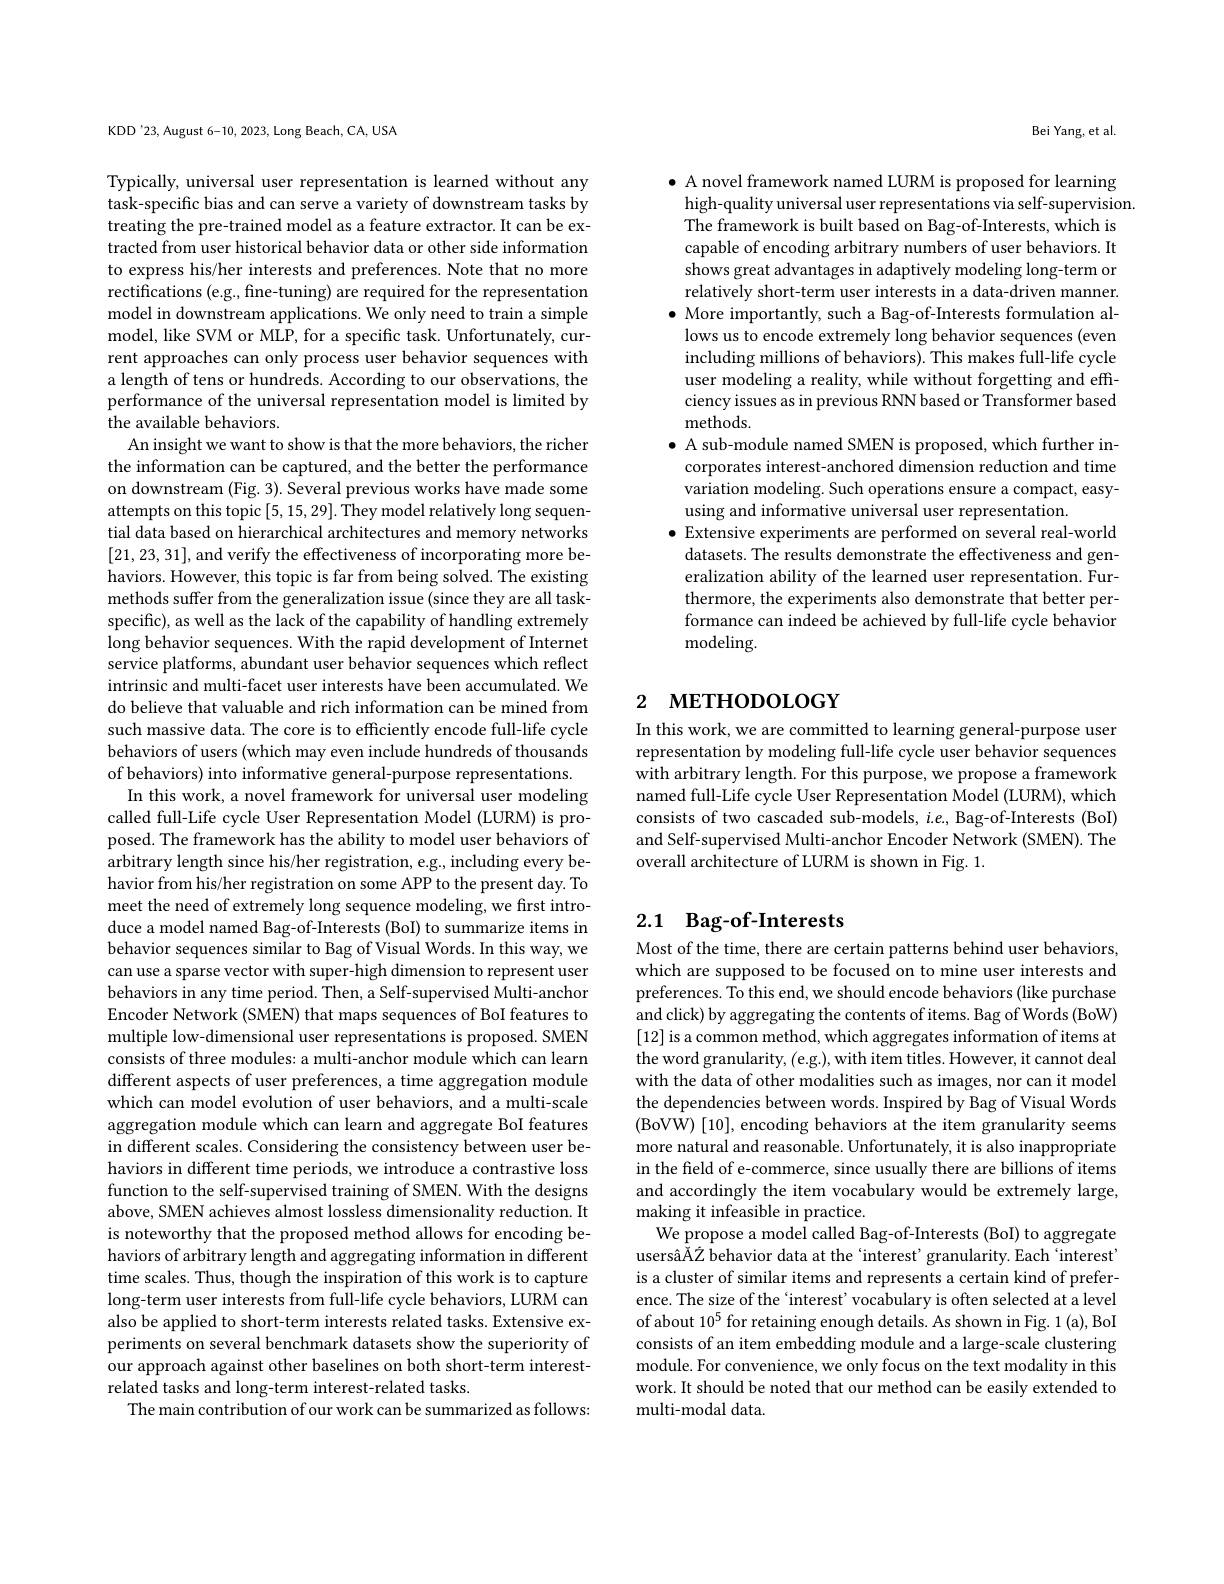
KDD'23, August 6-10, 2023, Long Beach, CA, USA

Typically, universal user representation is learned without any task-specific bias and can serve a variety of downstream tasks by treating the pre-trained model as a feature extractor. It can be extracted from user historical behavior data or other side information to express his/her interests and preferences. Note that no more rectifications (e.g., fine-tuning) are required for the representation model in downstream applications. We only need to train a simple model, like SVM or MLP, for a specific task. Unfortunately, current approaches can only process user behavior sequences with a length of tens or hundreds. According to our observations, the performance of the universal representation model is limited by the available behaviors.
An insight we want to show is that the more behaviors, the richer the information can be captured, and the better the performance on downstream (Fig. 3). Several previous works have made some attempts on this topic [5,15,29]. They model relatively long sequential data based on hierarchical architectures and memory networks [21,23,31],and verify the effectiveness of incorporating more behaviors. However, this topic is far from being solved. The existing methods suffer from the generalization issue (since they are all taskspecific), as well as the lack of the capability of handling extremely long behavior sequences. With the rapid development of Internet service platforms, abundant user behavior sequences which reflect intrinsic and multi-facet user interests have been accumulated. We do believe that valuable and rich information can be mined from such massive data. The core is to efficiently encode full-life cycle behaviors of users (which may even include hundreds of thousands of behaviors) into informative general-purpose representations. In this work, a novel framework for universal user modeling called full-Life cycle User Representation Model (LURM) is proposed. The framework has the ability to model user behaviors of arbitrary length since his/her registration, e.g., including every behavior from his/her registration on some APP to the present day. To meet the need of extremely long sequence modeling, we first introduce a model named Bag-of-Interests (BoI) to summarize items in behavior sequences similar to Bag of Visual Words. In this way, we can use a sparse vector with super-high dimension to represent user behaviors in any time period. Then, a Self-supervised Multi-anchor Encoder Network (SMEN) that maps sequences of BoI features to multiple low-dimensional user representations is proposed. SMEN consists of three modules: a multi-anchor module which can learn different aspects of user preferences, a time aggregation module which can model evolution of user behaviors, and a multi-scale aggregation module which can learn and aggregate BoI features in different scales. Considering the consistency between user behaviors in different time periods, we introduce a contrastive loss function to the self-supervised training of SMEN. With the designs above, SMEN achieves almost lossless dimensionality reduction. It is noteworthy that the proposed method allows for encoding behaviors of arbitrary length and aggregating information in different time scales. Thus, though the inspiration of this work is to capture long-term user interests from full-life cycle behaviors, LURM can also be applied to short-term interests related tasks. Extensive experiments on several benchmark datasets show the superiority of our approach against other baselines on both short-term interestrelated tasks and long-term interest-related tasks.
The main contribution of our work can be summarized as follows:

Bei Yang, et al.

$\bullet$ A novel framework named LURM is proposed for learning high-quality universal user representations via self-supervision. The framework is built based on Bag-of-Interests, which is capable of encoding arbitrary numbers of user behaviors. It shows great advantages in adaptively modeling long-term or relatively short-term user interests in a data-driven manner $\bullet$ More importantly, such a Bag-of-Interests formulation allows us to encode extremely long behavior sequences (even including millions of behaviors). This makes full-life cycle user modeling a reality, while without forgetting and efficiency issues as in previous RNN based or Transformer based methods
$\bullet$ A sub-module named SMEN is proposed, which further incorporates interest-anchored dimension reduction and time variation modeling. Such operations ensure a compact, easyusing and informative universal user representation.
$\bullet$ Extensive experiments are performed on several real-world datasets. The results demonstrate the effectiveness and generalization ability of the learned user representation. Furthermore, the experiments also demonstrate that better performance can indeed be achieved by full-life cycle behavior modeling.

# 2 метноросост

In this work, we are committed to learning general-purpose user representation by modeling full-life cycle user behavior sequences with arbitrary length. For this purpose, we propose a framework named full-Life cycle User Representation Model (LURM), which consists of two cascaded sub-models, $i.e.$, Bag-of-Interests (BoI) and Self-supervised Multi-anchor Encoder Network (SMEN). The overall architecture of LURM is shown in Fig. 1.

# 2.1 Bag-of-Interests

Most of the time, there are certain patterns behind user behaviors, which are supposed to be focused on to mine user interests and preferences. To this end, we should encode behaviors (like purchase and click) by aggregating the contents of items. Bag of Words (BoW) [12] is a common method, which aggregates information of items at the word granularity, (e.g.), with item titles. However, it cannot deal with the data of other modalities such as images, nor can it model the dependencies between words. Inspired by Bag of Visual Words (BoVW) [10], encoding behaviors at the item granularity seems more natural and reasonable. Unfortunately, it is also inappropriate in the field of e-commerce, since usually there are billions of items and accordingly the item vocabulary would be extremely large, making it infeasible in practice.
We propose a model called Bag-of-Interests (BoI) to aggregate usersâĂŽ behavior data at the ‘interest’granularity. Each‘interest' is a cluster of similar items and represents a certain kind of preference. The size of the 'interest' vocabulary is often selected at a level of about $10^5$ for retaining enough details. As shown in Fig. 1 (a), BoI consists of an item embedding module and a large-scale clustering module. For convenience, we only focus on the text modality in this work. It should be noted that our method can be easily extended to multi-modal data.